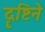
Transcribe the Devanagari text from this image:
दॄष्टिने